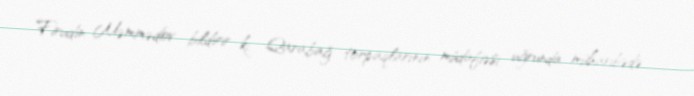
Firudin Məmmədov bildirir ki, Qarabağ torpaqlarının müdafiəsi uğrunda müharibədə